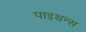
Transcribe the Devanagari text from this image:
पाइथन्स